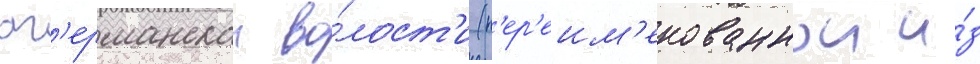
аг'ерманскои во́лост'и (п'ер'еим'енованнои и́з